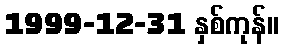
1999-12-31 နှစ်ကုန်။